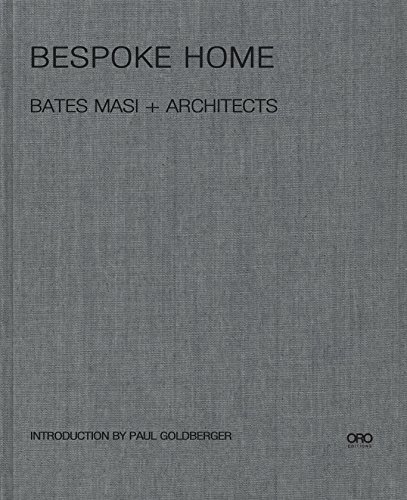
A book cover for Bespoke Home: Bates Masi Architects; Harry Bates; Crafts, Hobbies & Home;